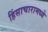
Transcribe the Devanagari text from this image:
हिंसाचारामध्ये